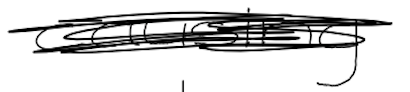
Text: causing
Cross-out: scratch
Writing tool: digital_black